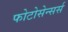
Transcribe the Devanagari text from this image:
फोटोसेन्सर्स